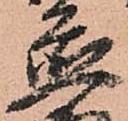
置